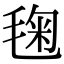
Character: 毱